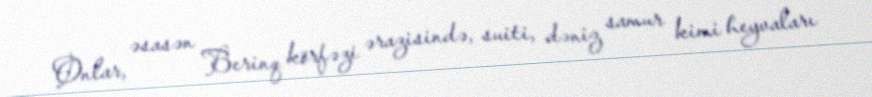
Onlar, əsasən Berinq körfəzi ərazisində, suiti, dəniz samur kimi heyvaları